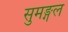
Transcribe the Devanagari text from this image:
सुमङ्गल